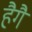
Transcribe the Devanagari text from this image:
हैगै